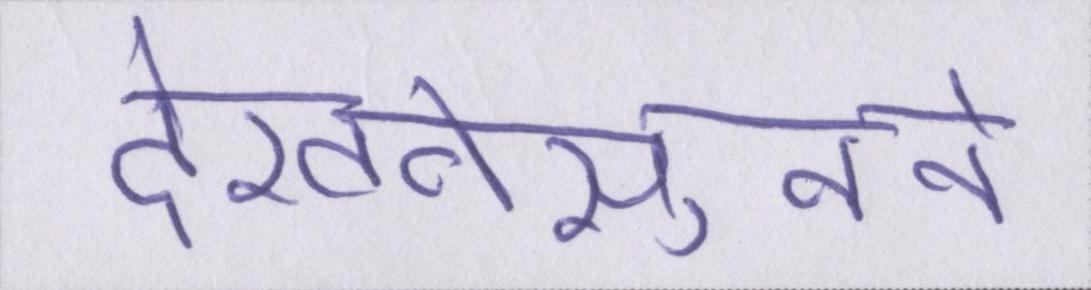
देखनेसुनने